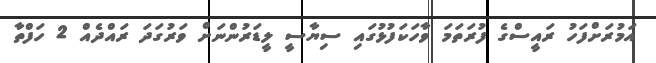
އަމުރަށްފަހު ރައީސްގެ ފުރަތަމަ ވާހަކަފުޅުގައި ސިޔާސީ ލީޑަރުންނަށް ވަރުގަދަ ރައްދެއް 2 ހަފްތާ